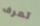
تعرف